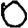
Digit: 0